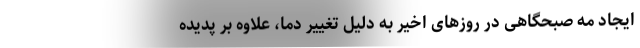
ایجاد مه صبحگاهی در روز‌های اخیر به دلیل تغییر دما، علاوه بر پدیده